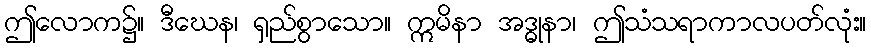
ဤလောက၌။ ဒီဃေန၊ ရှည်စွာသော။ ဣမိနာ အဒ္ဓုနာ၊ ဤသံသရာကာလပတ်လုံး။